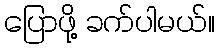
ပြောဖို့ ခက်ပါမယ်။